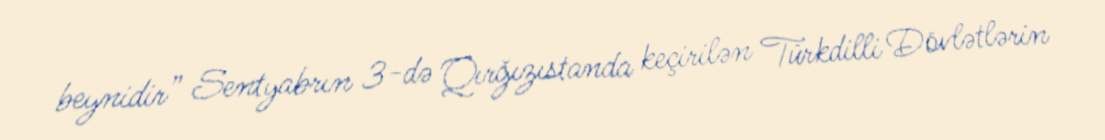
beynidir” Sentyabrın 3-də Qırğızıstanda keçirilən Türkdilli Dövlətlərin